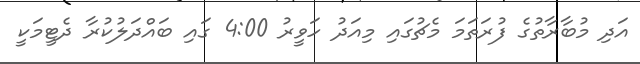
އަދި މުބާރާތުގެ ފުރަތަމަ މެޗުގައި މިއަދު ހަވީރު 4:00 ގައި ބައްދަލުކުރާ ދެޓީމަކީ